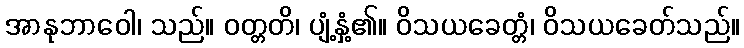
အာနုဘာဝေါ၊ သည်။ ဝတ္တတိ၊ ပျံ့နှံ့၏။ ဝိသယခေတ္တံ၊ ဝိသယခေတ်သည်။